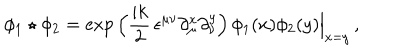
LaTeX: \phi _ { 1 } \star \phi _ { 2 } = \exp \, \Bigl ( \frac { i k } { 2 } \, \epsilon ^ { \mu \nu } \partial _ { \mu } ^ { x } \partial _ { \nu } ^ { y } \Bigr ) \, \phi _ { 1 } ( x ) \phi _ { 2 } ( y ) \Big \vert _ { x = y } \, ,